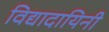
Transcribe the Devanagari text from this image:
विद्यादायिनी